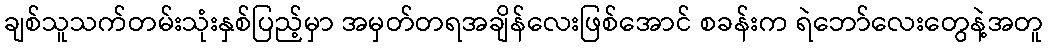
ချစ်သူသက်တမ်းသုံးနှစ်ပြည့်မှာ အမှတ်တရအချိန်လေးဖြစ်အောင် စခန်းက ရဲဘော်လေးတွေနဲ့အတူ